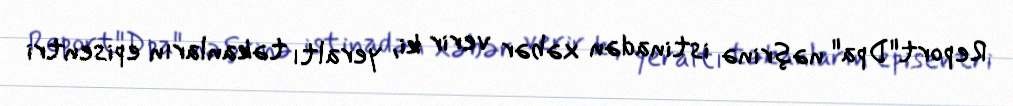
Report"Dpa" nəşrinə istinadən xəbər verir ki, yeraltı təkanların episentri